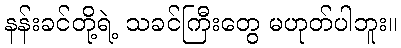
နန်းခင်တို့ရဲ့ သခင်ကြီးတွေ မဟုတ်ပါဘူး။